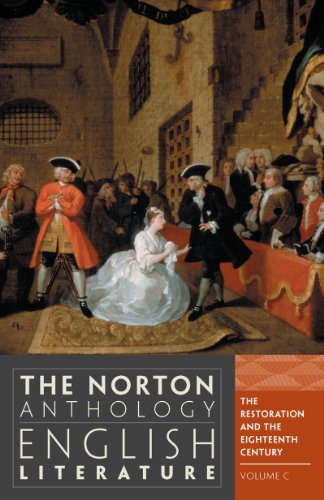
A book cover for The Norton Anthology of English Literature (Ninth Edition)  (Vol. C); M. H. Abrams; Literature & Fiction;